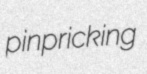
pinpricking